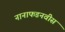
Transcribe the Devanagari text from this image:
नानाफडनवीस